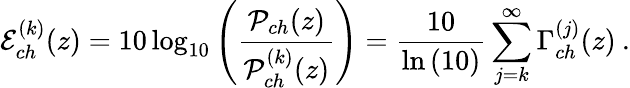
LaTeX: \mathcal{E}_{ch}^{(k)}(z)=10\log_{10}\left(\frac{\mathcal{P}_{ch}(z)}{\mathcal{P}_{ch}^{(k)}(z)}\right)=\frac{10}{\ln\left(10\right)}\sum_{j=k}^{\infty}\Gamma_{ch}^{(j)}(z)\: .